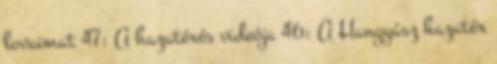
lovaimat 47: A hazatérés videója 46: A Hangyász hazatér